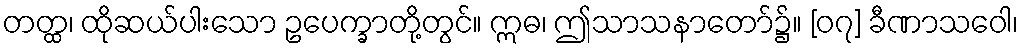
တတ္ထ၊ ထိုဆယ်ပါးသော ဥပေက္ခာတို့တွင်။ ဣဓ၊ ဤသာသနာတော်၌။ [၀၇] ခီဏာသဝေါ၊